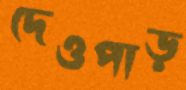
দেওপাড়